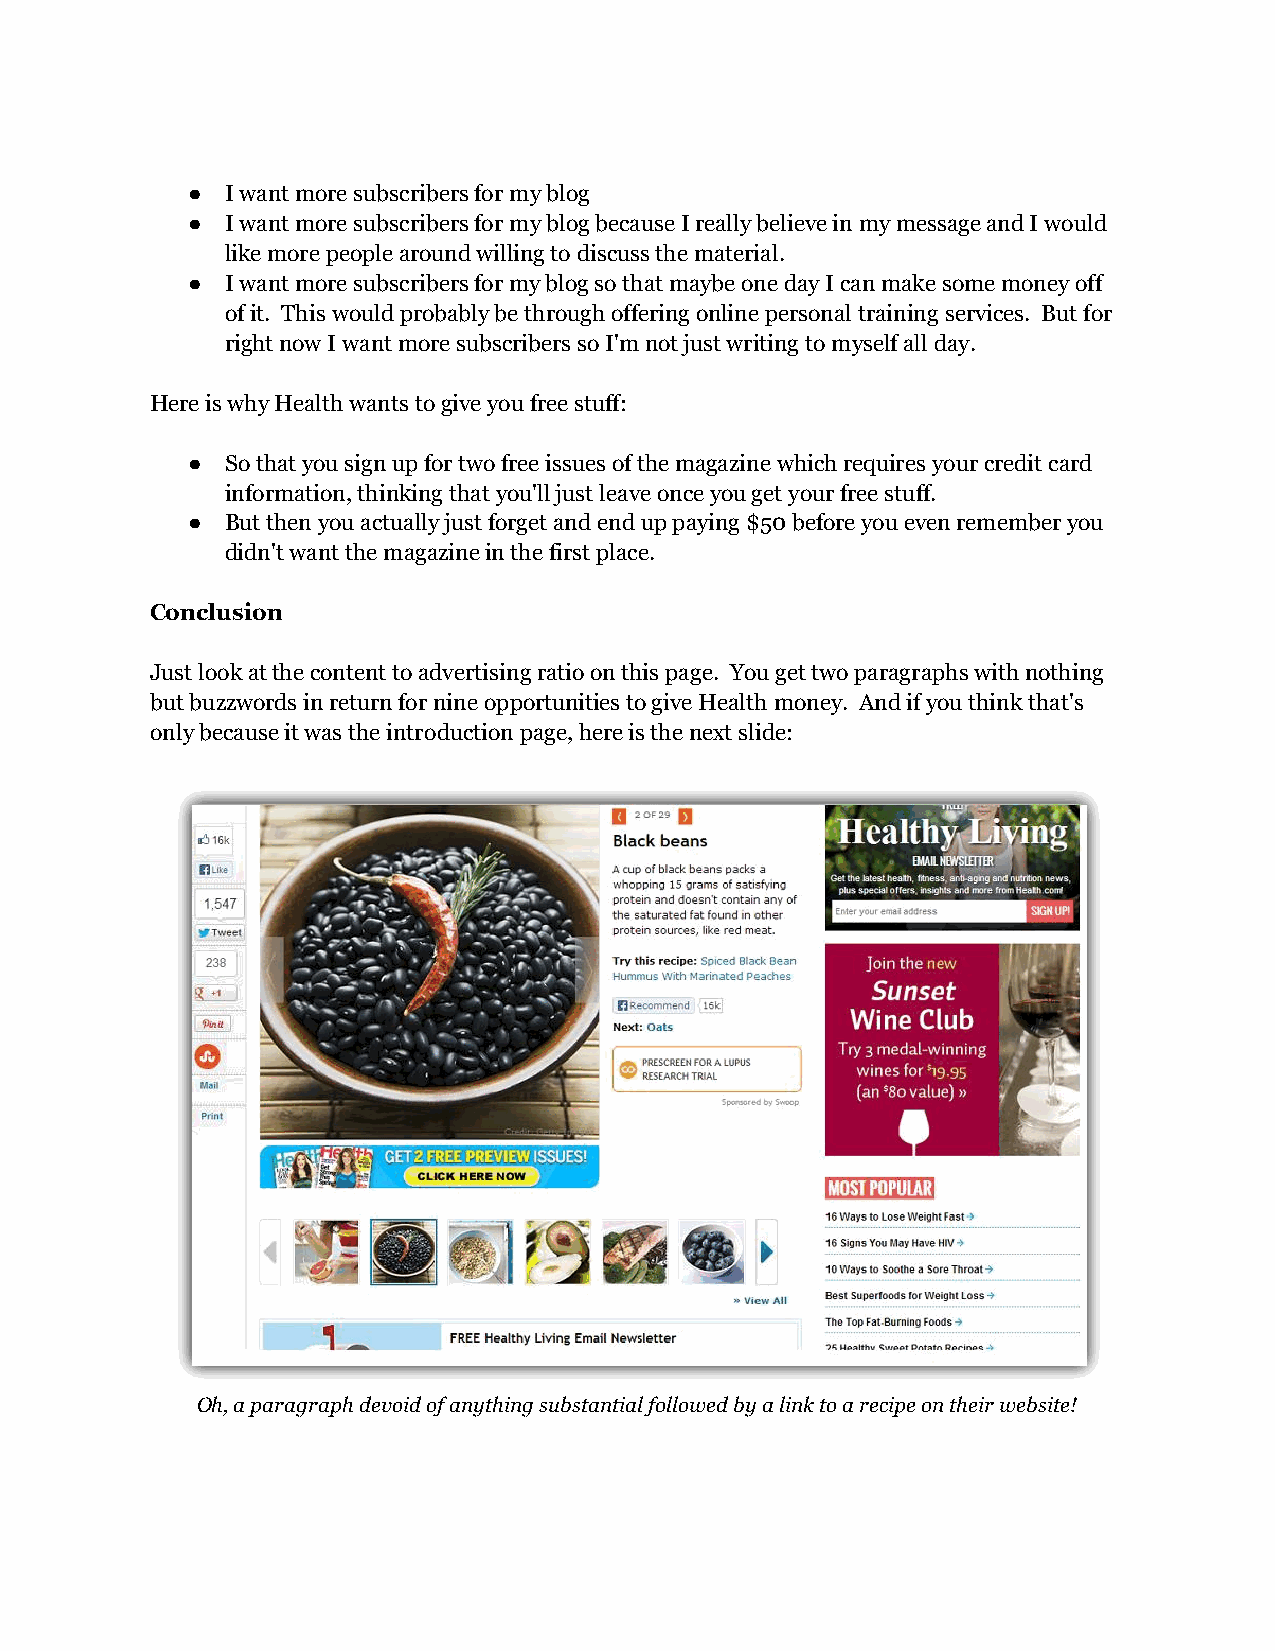
●  I want more subscribers for my blog
 ●  I want more subscribers for my blog because I really believe in my message and I would
 like more people around willing to discuss the material.
 ●  I want more subscribers for my blog so that maybe one day I can make some money off
 of it. This would probably be through offering online personal training services. But for
 right now I want more subscribers so I'm not just writing to myself all day.
 Here is why Health wants to give you free stuff:
 ●  So that you sign up for two free issues of the magazine which requires your credit card
 information, thinking that you'll just leave once you get your free stuff.
 ●  But then you actually just forget and end up paying $50 before you even remember you
 didn't want the magazine in the first place.
 Conclusion
 Just look at the content to advertising ratio on this page. You get two paragraphs with nothing
 but buzzwords in return for nine opportunities to give Health money. And if you think that's
 only because it was the introduction page, here is the next slide:
 Oh, a paragraph devoid of anything substantial followed by a link to a recipe on their website!